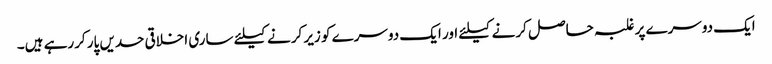
ایک دوسرے پر غلبہ حاصل کرنے کیلئے اور ایک دوسرے کو زیر کرنے کیلئے ساری اخلاقی حدیں پار کررہے ہیں۔